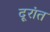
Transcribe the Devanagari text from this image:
दूरांत